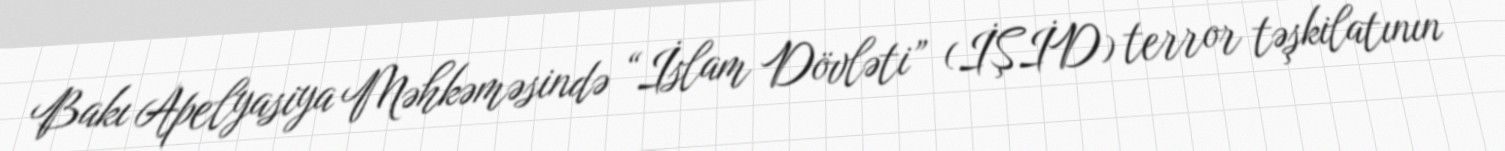
Bakı Apelyasiya Məhkəməsində “İslam Dövləti” (İŞİD) terror təşkilatının